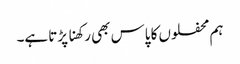
ہم محفلوں کا پاس بھی رکھنا پڑتا ہے۔